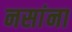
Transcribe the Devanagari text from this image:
नसांना